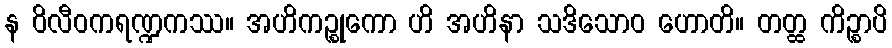
န ဝိလီဝကရဏ္ဍကဿ။ အဟိကဉ္စုကော ဟိ အဟိနာ သဒိသောဝ ဟောတိ။ တတ္ထ ကိဉ္စာပိ